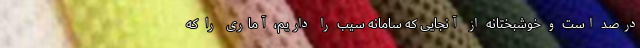
درصد است و خوشبختانه از آنجایی که سامانه سیب را داریم، آماری را که